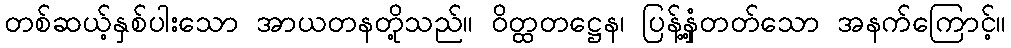
တစ်ဆယ့်နှစ်ပါးသော အာယတနတို့သည်။ ဝိတ္ထတဋ္ဌေန၊ ပြန့်နှံ့တတ်သော အနက်ကြောင့်။